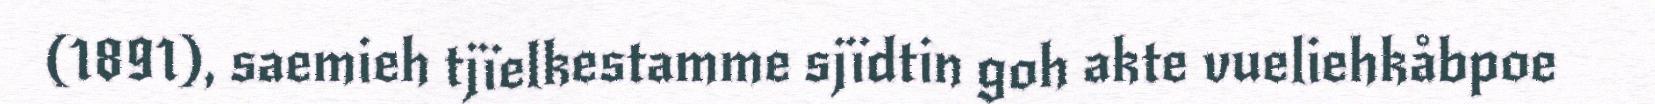
(1891), saemieh tjïelkestamme sjïdtin goh akte vueliehkåbpoe